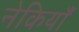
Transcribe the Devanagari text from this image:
नेकियाँ